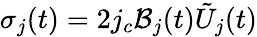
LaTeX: \sigma_{j}(t)=2j_{c}\mathcal{B}_{j}(t)\tilde{U}_{j}(t)